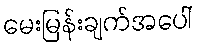
မေးမြန်းချက်အပေါ်